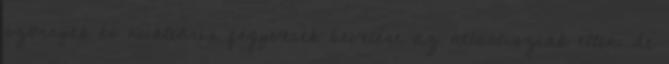
szörnyek és nukleáris fegyverek bevetése az atlantisziak ellen. de